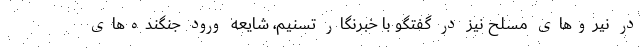
در نیروهای مسلح نیز در گفتگو با خبرنگار تسنیم، شایعه ورود جنگنده‌های